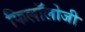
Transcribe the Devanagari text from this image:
फिलॉलोजी